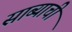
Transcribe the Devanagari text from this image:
साब्याची